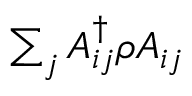
\textstyle \sum _ { j } A _ { i j } ^ { \dagger } \rho A _ { i j }